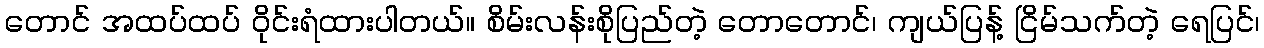
တောင် အထပ်ထပ် ဝိုင်းရံထားပါတယ်။ စိမ်းလန်းစိုပြည်တဲ့ တောတောင်၊ ကျယ်ပြန့် ငြိမ်သက်တဲ့ ရေပြင်၊